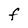
Character: F